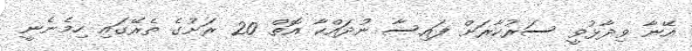
އޭނާ ވިދާޅުވީ ސަރުކާރަށް ފައިސާ ނުދައްކާ އޮތް 20 ރަށުގެ ތެރޭގައި ހިމެނެނީ